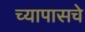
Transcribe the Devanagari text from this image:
च्यापासचे